Source: Handwritten
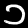
Digit: ၁ (1)